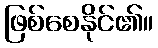
ဖြစ်စေနိုင်၏။